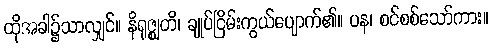
ထိုအခါ၌သာလျှင်။ နိရုဇ္ဈတိ၊ ချုပ်ငြိမ်းကွယ်ပျောက်၏။ ပန၊ စင်စစ်သော်ကား။